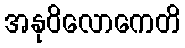
အနုဝိလောကေတိ